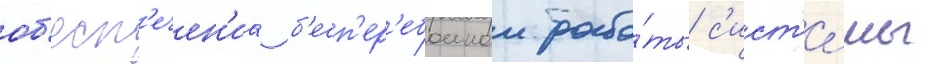
об'есп'ечен'иа б'есп'ер'ебоинои рабо́ты с'ист'е́мы